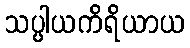
သပ္ပါယကိရိယာယ